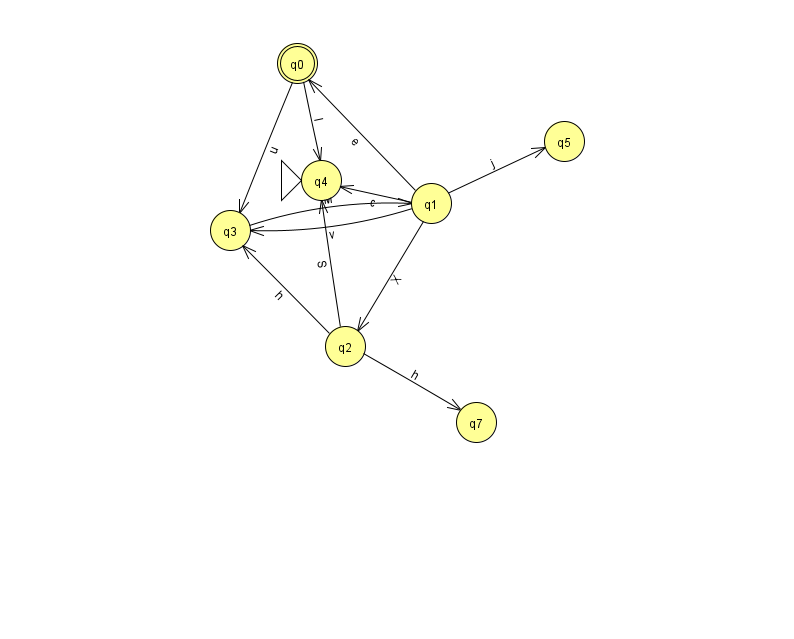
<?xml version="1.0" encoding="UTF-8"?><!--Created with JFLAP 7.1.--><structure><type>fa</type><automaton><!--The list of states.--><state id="0" name="q0"><x>297.0</x><y>50.0</y><final/></state><state id="1" name="q1"><x>431.0</x><y>190.0</y></state><state id="2" name="q2"><x>345.0</x><y>333.0</y></state><state id="3" name="q3"><x>230.0</x><y>217.0</y></state><state id="4" name="q4"><x>321.0</x><y>167.0</y><initial/></state><state id="5" name="q5"><x>564.0</x><y>128.0</y></state><state id="7" name="q7"><x>476.0</x><y>409.0</y></state><!--The list of transitions.--><transition><from>1</from><to>0</to><read>e</read></transition><transition><from>2</from><to>4</to><read>S</read></transition><transition><from>1</from><to>2</to><read>X</read></transition><transition><from>0</from><to>4</to><read>I</read></transition><transition><from>1</from><to>5</to><read>j</read></transition><transition><from>2</from><to>7</to><read>h</read></transition><transition><from>3</from><to>1</to><read>M</read></transition><transition><from>1</from><to>4</to><read>c</read></transition><transition><from>0</from><to>3</to><read>u</read></transition><transition><from>2</from><to>3</to><read>h</read></transition><transition><from>1</from><to>3</to><read>v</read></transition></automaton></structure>